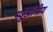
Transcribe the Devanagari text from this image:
म्यूऑनीय